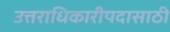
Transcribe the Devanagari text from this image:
उत्तराधिकारीपदासाठी